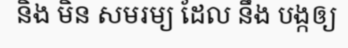
និង មិន សមរម្យ ដែល នឹង បង្កឲ្យ